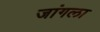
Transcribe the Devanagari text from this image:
जांगला